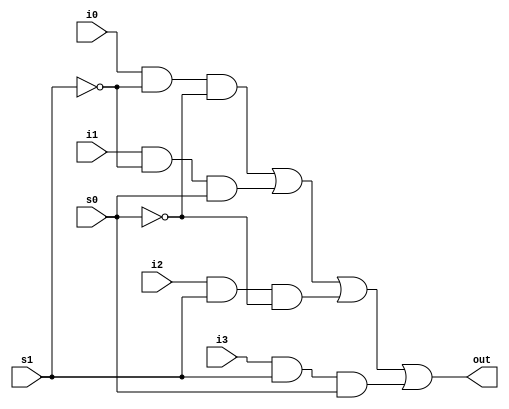
module mux_4_to_1(out, i0, i1, i2, i3, s1, s0);
    output out;
    input i0, i1, i2, i3, s1, s0;
    wire s1_bar, s0_bar, y0, y1, y2, y3;
    
    not(s1_bar, s1);
    not(s0_bar, s0);
    
    and(y0, i0, s1_bar, s0_bar);
    and(y1, i1, s1_bar, s0);
    and(y2, i2, s1, s0_bar);
    and(y3, i3, s1, s0);
    
    or(out, y0, y1, y2, y3);
endmodule